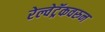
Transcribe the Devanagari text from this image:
रेल्वेट्रॅकवरुन